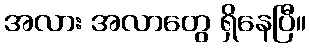
အလား အလာတွေ ရှိနေပြီ။